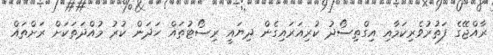
ރާއްޖޭގެ ފަތުރުވެރިކަމާއި އިގްތިސޯދު ކުރިއަރައިގެން ދިޔައީ ރިސޯޓުތައް ހަދަން ކުރު މުއްދަތަކަށް ރަށްތައް